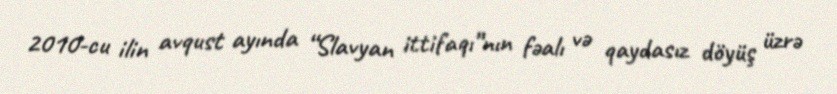
2010-cu ilin avqust ayında “Slavyan ittifaqı”nın fəalı və qaydasız döyüş üzrə